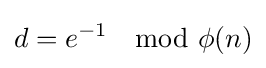
d=e^{-1}\mod {\phi (n)}